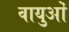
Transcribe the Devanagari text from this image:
वायुओं